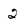
Character: 2